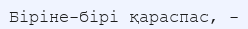
Біріне-бірі қараспас, -